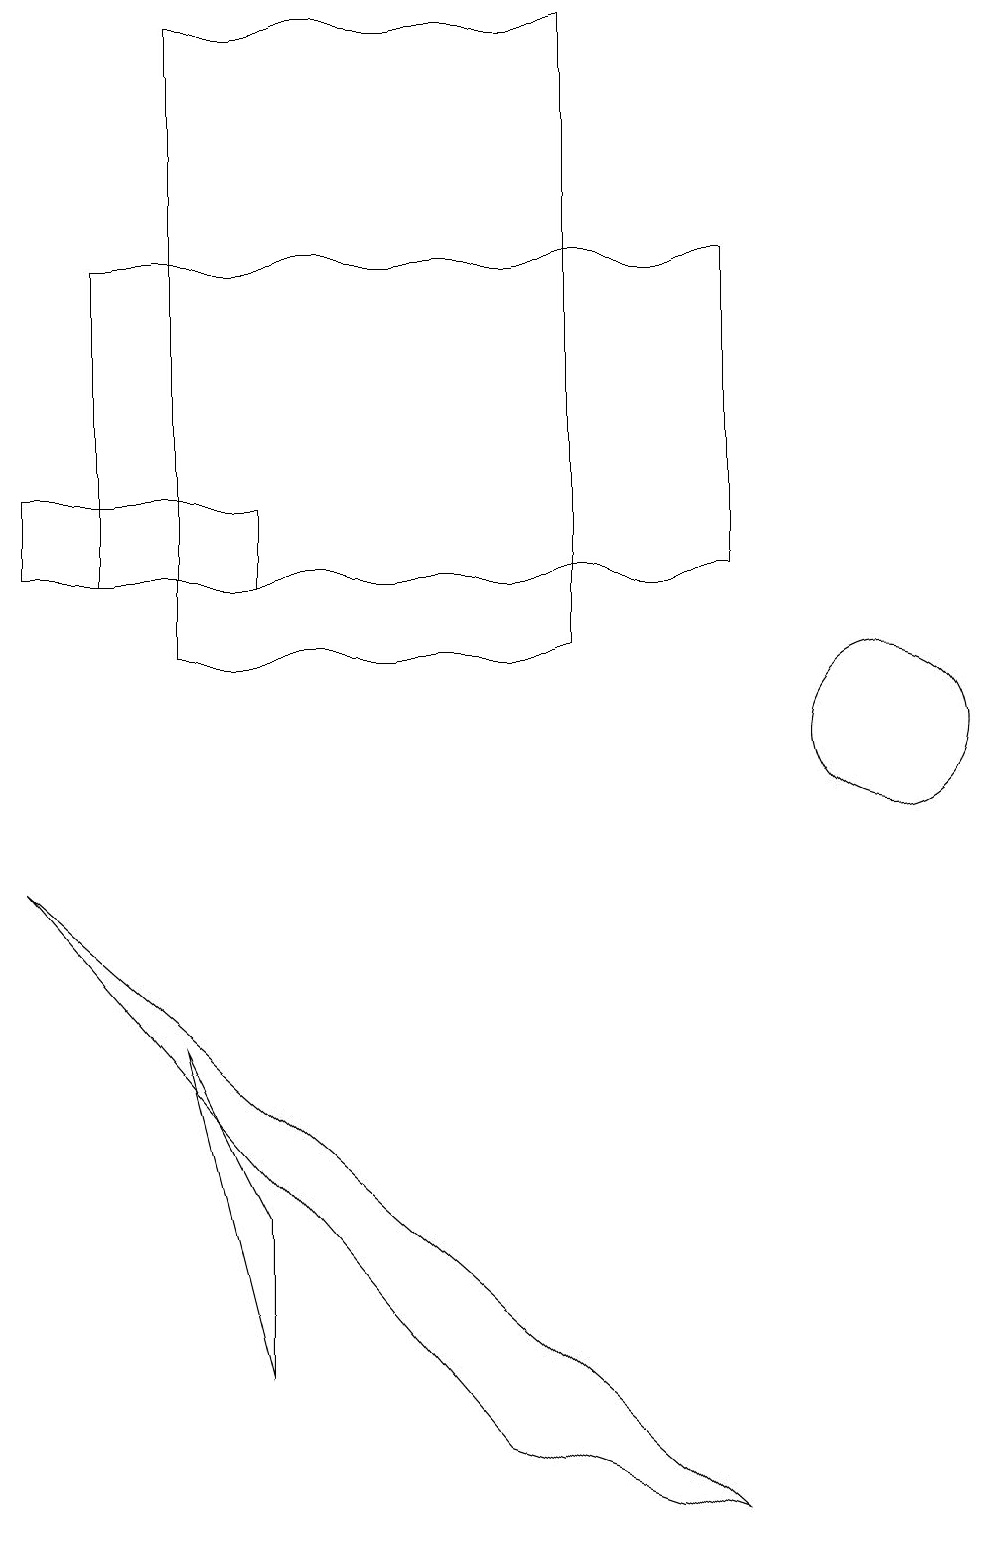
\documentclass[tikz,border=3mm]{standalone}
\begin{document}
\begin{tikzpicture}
\draw (4,19) rectangle (6,19);
\draw (2,19) rectangle (7,11);
\draw (6,1) -- (9,0) -- (0,8) -- cycle;
\draw (0,12) rectangle (3,13);
\draw (11,10) circle (1);
\draw (1,16) rectangle (9,12);
\draw (3,2) -- (3,4) -- (2,6) -- cycle;
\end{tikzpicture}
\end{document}